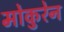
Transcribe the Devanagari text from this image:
मोकुरेन